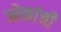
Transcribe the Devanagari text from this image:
ओकांची